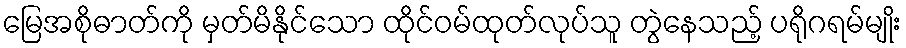
မြေအစိုဓာတ်ကို မှတ်မိနိုင်သော ထိုင်ဝမ်ထုတ်လုပ်သူ တွဲနေသည့် ပရိုဂရမ်မျိုး